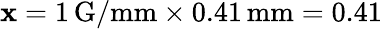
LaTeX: \mathbf{x}=1\, \mathrm{{G/mm}}\times0.41\, \mathrm{{mm}}=0.41